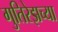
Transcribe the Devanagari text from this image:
गुतिरेझच्या